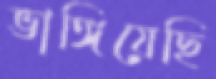
ভাঙ্গিয়েছি